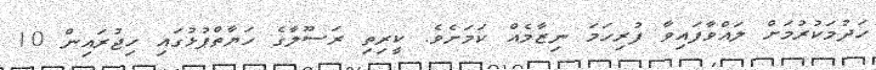
ހަދުމަކުރުމަށް ލައްވާފައިވާ ފުރިހަމަ ނިޒާމެއް ކަމަށެވެ. ކީރިތި ރަސޫލާގެ ހަޔާތްޕުޅުގައި ހިޖުރައިން 10